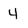
Character: 4